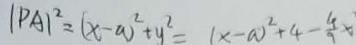
\vert P A \vert ^ { 2 } = ( x - a ) ^ { 2 } + y ^ { 2 } = ( x - a ) ^ { 2 } + 4 - \frac { 4 } { 9 } x